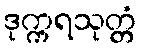
ဒုက္ကရသုတ္တံ